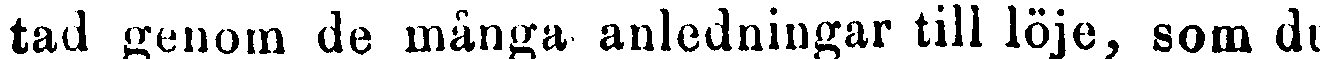
tad genom de många anledningar till löje, som du